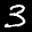
Label: 3